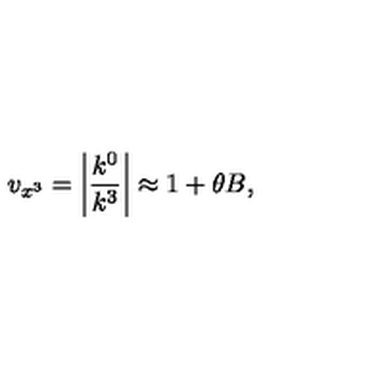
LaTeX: v _ { x ^ { 3 } } = \left| \frac { k ^ { 0 } } { k ^ { 3 } } \right| \approx 1 + \theta B ,